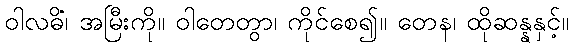
ဝါလဓိံ၊ အမြီးကို။ ဝါတေတွာ၊ ကိုင်စေ၍။ တေန၊ ထိုဆန္နနှင့်။